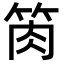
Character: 𥭊